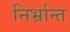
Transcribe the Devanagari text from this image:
निर्भ्रान्त